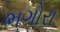
ભગોરા